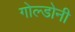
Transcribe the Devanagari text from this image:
गोल्डोनी